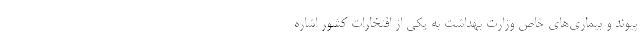
پیوند و بیماری‌های خاص وزارت بهداشت به یكی از افتخارات كشور اشاره